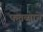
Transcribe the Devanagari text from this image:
फतव्याने